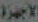
الأجهزة